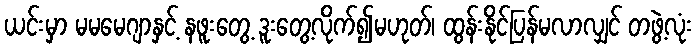
ယင်းမှာ မမမေဂျာနှင့် နဖူးတွေ့ ဒူးတွေ့လိုက်၍မဟုတ်၊ ထွန်းနိုင်ပြန်မလာလျှင် တဖွဲ့လုံး